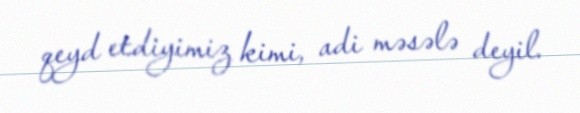
qeyd etdiyimiz kimi, adi məsələ deyil.